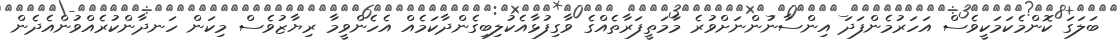
ބަލަގަ ކޮންމެކަމަކީވެސް އަހަރުމެންފަދަ އިންސާނުންނަށްވުރެ މާމަތީފަރާތެއްގެ ވާގިފުޅާއެކުލިބިގެންދާކަމެއް އެހެންވީމާ ރިޔާޒުވެސް މިކަން ހަނދާންކުރެއްވުންއެދެން